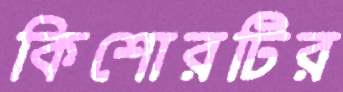
কিশোরটির